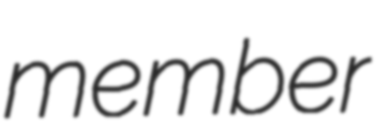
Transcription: member